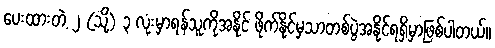
ပေးထားတဲ့ ၂ (သို့) ၃ လုံးမှာရန်သူကိုအနိုင် ဖိုက်နိုင်မှသာတစ်ပွဲအနိုင်ရရှိမှာဖြစ်ပါတယ်။